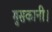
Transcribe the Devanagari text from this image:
मुसकानी।